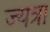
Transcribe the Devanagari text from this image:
ज्यत्रा